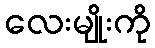
လေးမျိုးကို